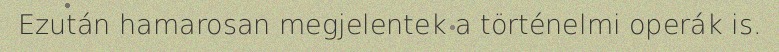
Ezután hamarosan megjelentek a történelmi operák is.